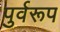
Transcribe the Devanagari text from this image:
पुर्वरूप